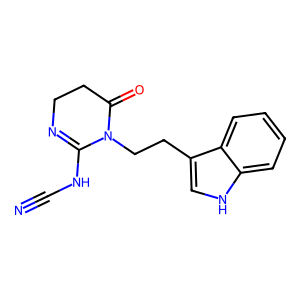
SMILES: N#CNC1=NCCC(=O)N1CCc1c[nH]c2ccccc12
Inhibits HIV replication: Yes